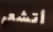
أتشعر